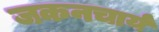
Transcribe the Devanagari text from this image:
जकनचार्य